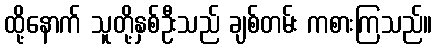
ထို့နောက် သူတို့နှစ်ဦးသည် ချစ်တမ်း ကစားကြသည်။